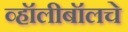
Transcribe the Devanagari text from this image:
व्हॉलीबॉलचे